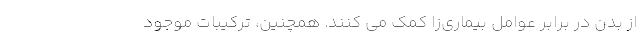
از بدن در برابر عوامل بیماری‌زا کمک می کنند. همچنین، ترکیبات موجود